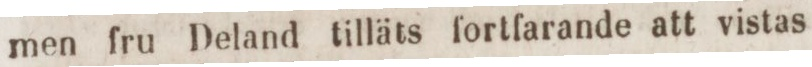
men fru Deland tilläts fortfarande att vistas